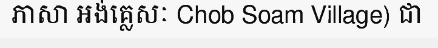
ភាសា អង់គ្លេសៈ Chob Soam Village) ជា